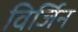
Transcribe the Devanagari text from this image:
विर्जिन